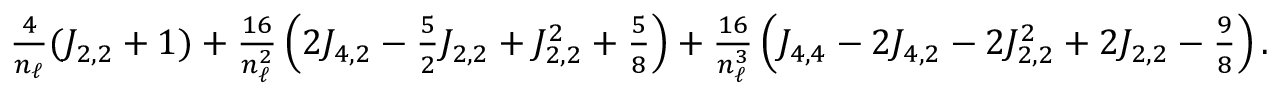
\begin{array} { r } { \frac { 4 } { n _ { \ell } } ( J _ { 2 , 2 } + 1 ) + \frac { 1 6 } { n _ { \ell } ^ { 2 } } \left( 2 J _ { 4 , 2 } - \frac { 5 } { 2 } J _ { 2 , 2 } + J _ { 2 , 2 } ^ { 2 } + \frac { 5 } { 8 } \right) + \frac { 1 6 } { n _ { \ell } ^ { 3 } } \left( J _ { 4 , 4 } - 2 J _ { 4 , 2 } - 2 J _ { 2 , 2 } ^ { 2 } + 2 J _ { 2 , 2 } - \frac { 9 } { 8 } \right) . } \end{array}